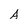
Character: A